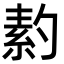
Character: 䋤